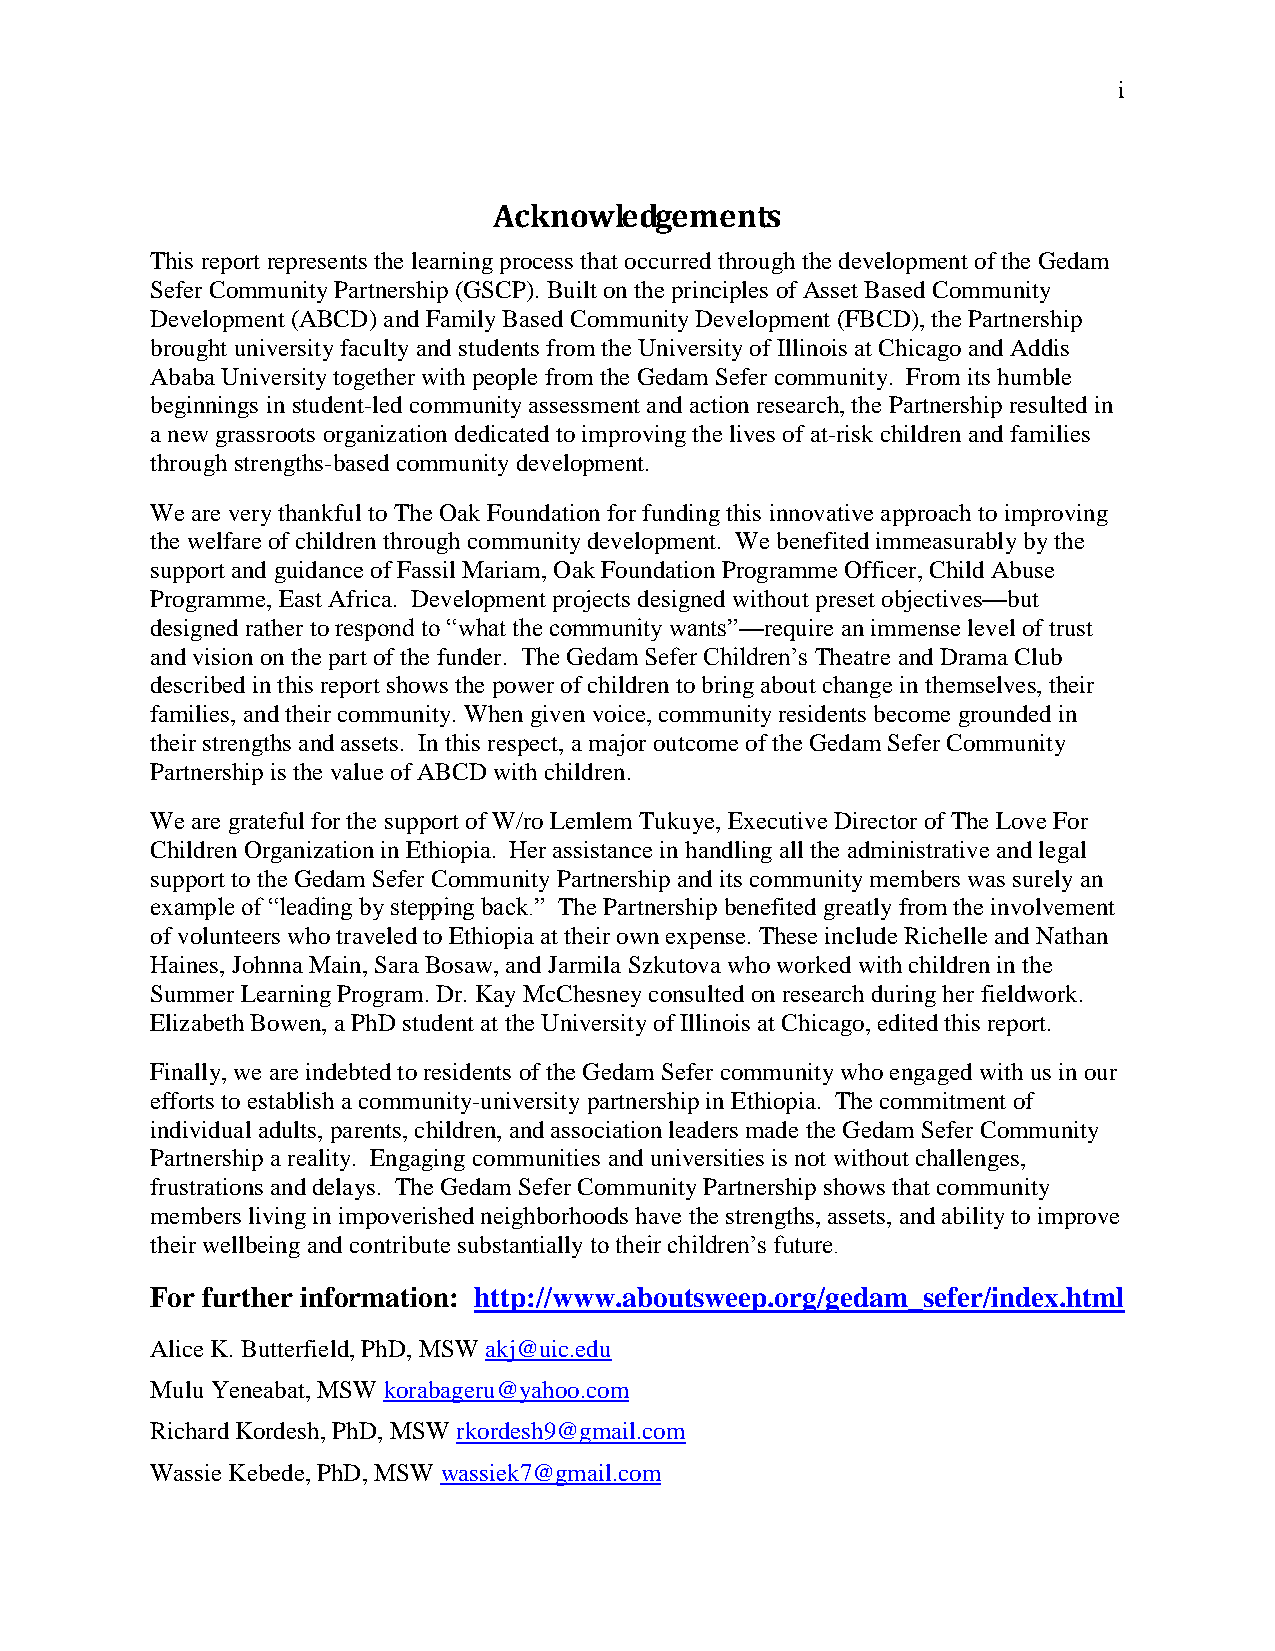
i
 Acknowledgements
 This report represents the learning process that occurred through the development of the Gedam
 Sefer Community Partnership (GSCP). Built on the principles of Asset Based Community
 Development (ABCD) and Family Based Community Development (FBCD), the Partnership
 brought university faculty and students from the University of Illinois at Chicago and Addis
 Ababa University together with people from the Gedam Sefer community. From its humble
 beginnings in student-led community assessment and action research, the Partnership resulted in
 a new grassroots organization dedicated to improving the lives of at-risk children and families
 through strengths-based community development.
 We are very thankful to The Oak Foundation for funding this innovative approach to improving
 the welfare of children through community development. We benefited immeasurably by the
 support and guidance of Fassil Mariam, Oak Foundation Programme Officer, Child Abuse
 Programme, East Africa. Development projects designed without preset objectives—but
 designed rather to respond to ―what the community wants‖—require an immense level of trust
 and vision on the part of the funder. The Gedam Sefer Children‘s Theatre and Drama Club
 described in this report shows the power of children to bring about change in themselves, their
 families, and their community. When given voice, community residents become grounded in
 their strengths and assets. In this respect, a major outcome of the Gedam Sefer Community
 Partnership is the value of ABCD with children.
 We are grateful for the support of W/ro Lemlem Tukuye, Executive Director of The Love For
 Children Organization in Ethiopia. Her assistance in handling all the administrative and legal
 support to the Gedam Sefer Community Partnership and its community members was surely an
 example of ―leading by stepping back.‖ The Partnership benefited greatly from the involvement
 of volunteers who traveled to Ethiopia at their own expense. These include Richelle and Nathan
 Haines, Johnna Main, Sara Bosaw, and Jarmila Szkutova who worked with children in the
 Summer Learning Program. Dr. Kay McChesney consulted on research during her fieldwork.
 Elizabeth Bowen, a PhD student at the University of Illinois at Chicago, edited this report.
 Finally, we are indebted to residents of the Gedam Sefer community who engaged with us in our
 efforts to establish a community-university partnership in Ethiopia. The commitment of
 individual adults, parents, children, and association leaders made the Gedam Sefer Community
 Partnership a reality. Engaging communities and universities is not without challenges,
 frustrations and delays. The Gedam Sefer Community Partnership shows that community
 members living in impoverished neighborhoods have the strengths, assets, and ability to improve
 their wellbeing and contribute substantially to their children‘s future.
 For further information: http://www.aboutsweep.org/gedam_sefer/index.html
 Alice K. Butterfield, PhD, MSW akj@uic.edu
 Mulu Yeneabat, MSW korabageru@yahoo.com
 Richard Kordesh, PhD, MSW rkordesh9@gmail.com
 Wassie Kebede, PhD, MSW wassiek7@gmail.com